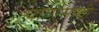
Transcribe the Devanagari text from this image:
पाणसाठी